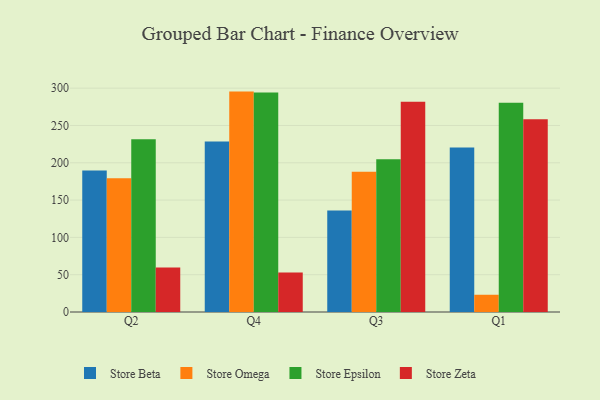
{"axis": {"x": "Quarter", "y": "Conversion Rate (%)"}, "legend": ["Store Beta", "Store Epsilon", "Store Omega", "Store Zeta"], "data": [{"x": "Q2", "y": 189.8, "type": "Store Beta"}, {"x": "Q2", "y": 179.1, "type": "Store Omega"}, {"x": "Q2", "y": 231.6, "type": "Store Epsilon"}, {"x": "Q2", "y": 59.7, "type": "Store Zeta"}, {"x": "Q4", "y": 228.6, "type": "Store Beta"}, {"x": "Q4", "y": 295.4, "type": "Store Omega"}, {"x": "Q4", "y": 294.3, "type": "Store Epsilon"}, {"x": "Q4", "y": 52.8, "type": "Store Zeta"}, {"x": "Q3", "y": 135.9, "type": "Store Beta"}, {"x": "Q3", "y": 188.0, "type": "Store Omega"}, {"x": "Q3", "y": 204.6, "type": "Store Epsilon"}, {"x": "Q3", "y": 281.8, "type": "Store Zeta"}, {"x": "Q1", "y": 220.6, "type": "Store Beta"}, {"x": "Q1", "y": 23.1, "type": "Store Omega"}, {"x": "Q1", "y": 280.3, "type": "Store Epsilon"}, {"x": "Q1", "y": 258.5, "type": "Store Zeta"}]}